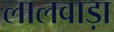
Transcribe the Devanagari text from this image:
लालवाड़ा